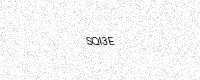
Text: SQI3E